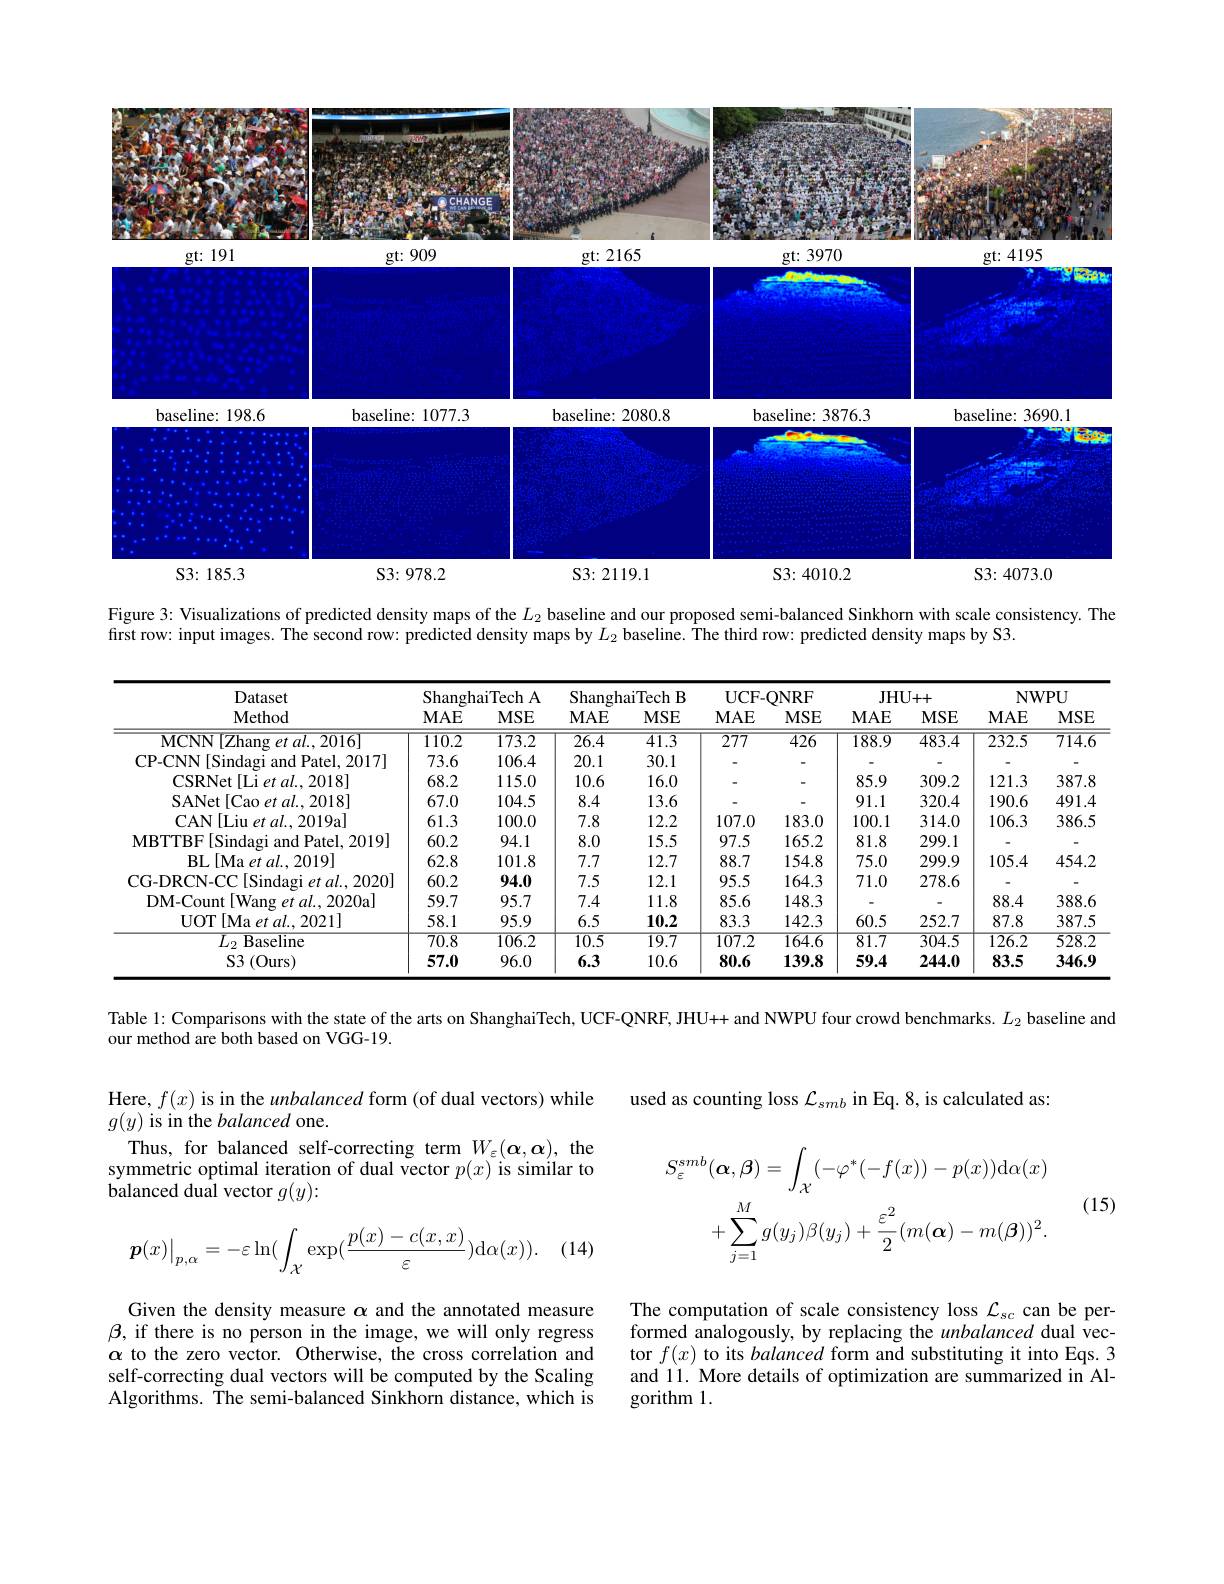
<FigureHere>
S3: 185. 3
$S3:978.2$
${\mathrm{S3:2119.1}}$
${\mathrm{S3:4010.2}}$

Figure 3: Visualizations of predicted density maps of the $L_2$ baseline and our proposed semi-balanced Sinkhorn with scale consistency. The

first row: input images. The second row: predicted density maps by $L_2$ baseline. The third row: predicted density maps by S3.

<table>
	<tbody>
		<tr>
			<th rowspan="2">Dataset Method</th>
			<th colspan="2">ShanghaiTech A</th>
			<th colspan="2">ShanghaiTech B</th>
			<th colspan="2">$\mathbf{UCF-ONRF}$</th>
			<th colspan="2">JHU+ + </th>
			<th colspan="2">$\mathbf{NWPU}$</th>
		</tr>
		<tr>
			<th>$MAE$</th>
			<th>$MSE$</th>
			<th>$MAE$</th>
			<th>$MSE$</th>
			<th>$MAE$</th>
			<th>$MSE$</th>
			<th>$MAE$</th>
			<th>$MSE$</th>
			<th>$MAE$</th>
			<th>$MSE$</th>
		</tr>
		<tr>
			<td>MCNN [ Zhang et al. , 2016] </td>
			<td>$\overline{110.2}$</td>
			<td>$\overline{173.2}$</td>
			<td>$\overline{26.4}$</td>
			<td>$\overline{41.3}$</td>
			<td>$\overline{277}$</td>
			<td>$\overline{426}$</td>
			<td>$\overline{188.9}$</td>
			<td>$\overline{483.4}$</td>
			<td>$\overline{232.5}$</td>
			<td>$\overline{714.6}$</td>
		</tr>
		<tr>
			<td>CP-CNN [Sindagi and Patel, 2017]</td>
			<td>73.6</td>
			<td>106.4</td>
			<td>20.1</td>
			<td>30.1</td>
			<td> </td>
			<td> </td>
			<td> </td>
			<td> </td>
			<td>1</td>
			<td> </td>
		</tr>
		<tr>
			<td>CSRNet [ Li et al. , 2018] </td>
			<td>68.2</td>
			<td>115.0</td>
			<td>10.6</td>
			<td>16.0</td>
			<td> </td>
			<td> </td>
			<td>85.9</td>
			<td>309.2</td>
			<td>121.3</td>
			<td>387.8</td>
		</tr>
		<tr>
			<td>SANet [ Cao et al. , 2018] </td>
			<td>67.0</td>
			<td>104.5</td>
			<td>8.4</td>
			<td>13.6</td>
			<td> </td>
			<td> </td>
			<td>91.1</td>
			<td>320.4</td>
			<td>190.6</td>
			<td>491.4</td>
		</tr>
		<tr>
			<td>CAN[ Liu et al. , 2019a] </td>
			<td>61.3</td>
			<td>100.0</td>
			<td>7.8</td>
			<td>12.2</td>
			<td>107.0</td>
			<td>183.0</td>
			<td>100.1</td>
			<td>314.0</td>
			<td>106.3</td>
			<td>386.5</td>
		</tr>
		<tr>
			<td>MBTTBF[ Sindagi and Patel, 2019] </td>
			<td>60.2</td>
			<td>94.1</td>
			<td>8.0</td>
			<td>15.5</td>
			<td>97.5</td>
			<td>165.2</td>
			<td>81.8</td>
			<td>299.1</td>
			<td> </td>
			<td> </td>
		</tr>
		<tr>
			<td>BL$\left [ \mathrm{Ma~et~al. , ~2019}\right ]$</td>
			<td>62.8</td>
			<td>101.8</td>
			<td>7.7</td>
			<td>12.7</td>
			<td>88.7</td>
			<td>154.8</td>
			<td>75.0</td>
			<td>299.9</td>
			<td>105.4</td>
			<td>454.2</td>
		</tr>
		<tr>
			<td>CG- DRCN- CC[ Sindagi et al. , 2020] </td>
			<td>60.2</td>
			<td>94.0</td>
			<td>7.5</td>
			<td>12.1</td>
			<td>95.5</td>
			<td>164.3</td>
			<td>71.0</td>
			<td>278.6</td>
			<td> </td>
			<td> </td>
		</tr>
		<tr>
			<td>DM- Count[ Wang et al. , 2020a] </td>
			<td>59.7</td>
			<td>95.7</td>
			<td>7.4</td>
			<td>11.8</td>
			<td>85.6</td>
			<td>148.3</td>
			<td> </td>
			<td> </td>
			<td>88.4</td>
			<td>388.6</td>
		</tr>
		<tr>
			<td>UOT$\left [ \mathrm{Ma~et~al. , 2021}\right ]$</td>
			<td>58.1</td>
			<td>95.9</td>
			<td>6.5</td>
			<td>10.2</td>
			<td>83.3</td>
			<td>142.3</td>
			<td>60.5</td>
			<td>252.7</td>
			<td>87.8</td>
			<td>387.5</td>
		</tr>
		<tr>
			<td>$\overline{L_{2}}$Baseline</td>
			<td>$\overline{70.8}$</td>
			<td>$\overline{106.2}$</td>
			<td>$\overline{10.5}$</td>
			<td>19.7</td>
			<td>$\overline{107.2}$</td>
			<td>$\overline{164.6}$</td>
			<td>$\overline{81.7}$</td>
			<td>$\overline{304.5}$</td>
			<td>$\overline{126.2}$</td>
			<td>$\overline{528.2}$</td>
		</tr>
		<tr>
			<td>S3 ( Ours) </td>
			<td>57.0</td>
			<td>96.0</td>
			<td>6.3</td>
			<td>10.6</td>
			<td>80.6</td>
			<td>139.8</td>
			<td>59.4</td>
			<td>244.0</td>
			<td>83.5</td>
			<td>346.9</td>
		</tr>
	</tbody>
</table>

Table 1: Comparisons with the state of the arts on ShanghaiTech, UCF-QNRF, JHU++ and NWPU four crowd benchmarks. $L_{2}$ baseline and

our method are both based on VGG-19.

used as counting loss $\mathcal{L}_{smb}$ in Eq. 8, is calculated as:

Here, $f(x)$ is in the unbalanced form (of dual vectors) while
$g(y)$ is in the balanced one.
Thus, for balanced self-correcting term $W_\varepsilon(\boldsymbol\alpha,\boldsymbol\alpha)$, the symmetric optimal iteration of dual vector $p(x)$ is similar to $\ddot{\text{balanced dual vector }}g(y){:}$
$$\begin{aligned}S_{\varepsilon}^{smb}(\boldsymbol{\alpha},\boldsymbol{\beta})&=\int_{\mathcal{X}}(-\varphi^{*}(-f(x))-p(x))\mathrm{d}\alpha(x)\\&+\sum_{j=1}^{M}g(y_{j})\beta(y_{j})+\frac{\varepsilon^{2}}{2}(m(\alpha)-m(\beta))^{2}.\end{aligned}$$
(15)
$$\boldsymbol{p}(x)\big|_{p,\alpha}=-\varepsilon\ln(\int_{\mathcal{X}}\exp(\frac{p(x)-c(x,x)}{\varepsilon})\mathrm{d}\alpha(x)).$$
The computation of scale consistency loss $\mathcal{L}_sc$ can be performed analogously, by replacing the unbalanced dual vector $f(x)$ to its balanced form and substituting it into Eqs.3 and 11. More details of optimization are summarized in Al- $gorithm1.$

Given the density measure $\alpha$ and the annotated measure $\beta$, if there is no person in the image, we will only regress $\alpha$ to the zero vector. Otherwise, the cross correlation and self-correcting dual vectors will be computed by the Scaling Algorithms. The semi-balanced Sinkhorn distance, which is